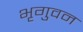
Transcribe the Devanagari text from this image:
भृगुवन